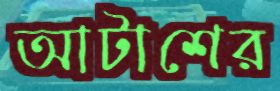
আটাশের